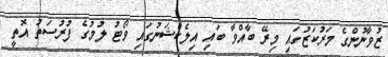
ޒުވާނުންގެ މަރުކަޒުގައި މިރޭ ބާއްވާ ބައި އިލެކްޝަނުގައި ވޯޓު ލުމުގެ ފުރުސަތު އޮތީ